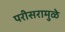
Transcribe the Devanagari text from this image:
परीसरामुळे